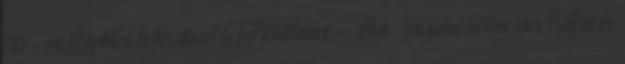
90°-on Optikai fehérítővel Tartósítószer-, illat- és színezékmentes Kézi és